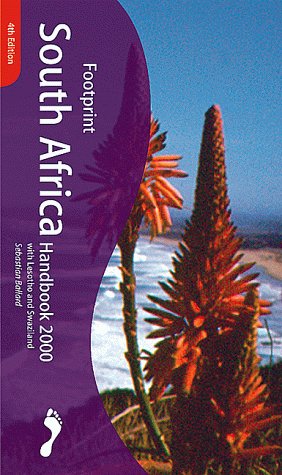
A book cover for Footprint South Africa Handbook 2000: The Travel Guide; Sebastian Ballard; Travel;